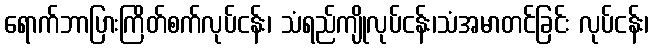
ရောက်ဘာပြားကြိတ်စက်လုပ်ငန်း၊ သံရည်ကျိုလုပ်ငန်း၊သံအမာတင်ခြင်း လုပ်ငန်း၊